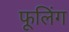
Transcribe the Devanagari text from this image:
फूलिंग